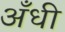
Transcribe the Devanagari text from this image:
अँधी